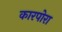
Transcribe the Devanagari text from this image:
कारपोरा